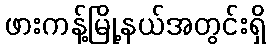
ဖားကန့်မြို့နယ်အတွင်းရှိ